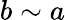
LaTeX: b\sim a